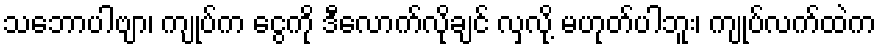
သဘောပါဗျာ၊ ကျုပ်က ငွေကို ဒီလောက်လိုချင် လှလို့ မဟုတ်ပါဘူး၊ ကျုပ်လက်ထဲက